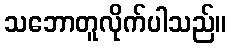
သဘောတူလိုက်ပါသည်။